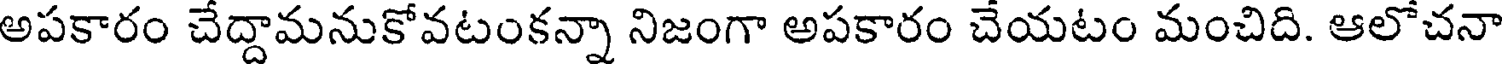
అపకారం చేద్దామనుకోవటంకన్నా నిజంగా అపకారం చేయటం మంచిది. ఆలోచనా